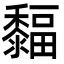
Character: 䵗